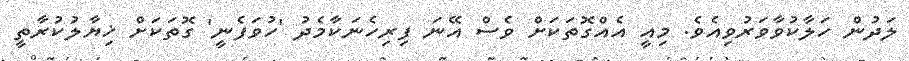
ލަދުން ހަލާކުވާވަރުވިއެވެ. މިއީ އެއްގޮތަކަށް ވެސް އޭނަ ފިރިހެނަކާމެދު 'ހުވަފެނީ' ގޮތަކަށް ޚިޔާލުކުރާތީ